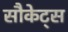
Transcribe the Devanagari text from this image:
सौकेट्स